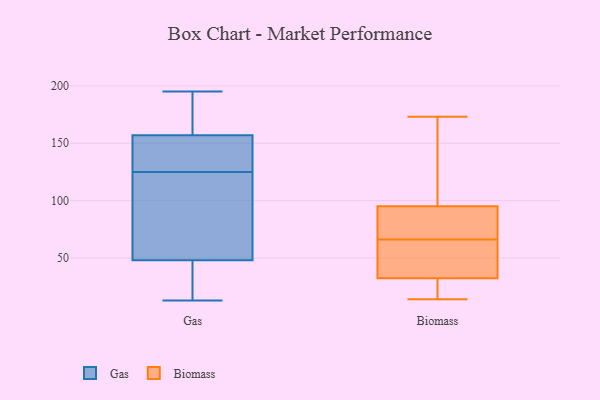
{"axis": {"x": "Market Share (%)", "y": "Value"}, "legend": ["Biomass", "Gas"], "data": [{"x": "", "y": 29, "type": "Gas"}, {"x": "", "y": 149, "type": "Gas"}, {"x": "", "y": 125, "type": "Gas"}, {"x": "", "y": 13, "type": "Gas"}, {"x": "", "y": 182, "type": "Gas"}, {"x": "", "y": 52, "type": "Gas"}, {"x": "", "y": 188, "type": "Gas"}, {"x": "", "y": 81, "type": "Gas"}, {"x": "", "y": 175, "type": "Gas"}, {"x": "", "y": 92, "type": "Gas"}, {"x": "", "y": 36, "type": "Gas"}, {"x": "", "y": 135, "type": "Gas"}, {"x": "", "y": 151, "type": "Gas"}, {"x": "", "y": 195, "type": "Gas"}, {"x": "", "y": 138, "type": "Gas"}, {"x": "", "y": 75, "type": "Gas"}, {"x": "", "y": 24, "type": "Gas"}, {"x": "", "y": 110, "type": "Biomass"}, {"x": "", "y": 71, "type": "Biomass"}, {"x": "", "y": 141, "type": "Biomass"}, {"x": "", "y": 16, "type": "Biomass"}, {"x": "", "y": 71, "type": "Biomass"}, {"x": "", "y": 79, "type": "Biomass"}, {"x": "", "y": 66, "type": "Biomass"}, {"x": "", "y": 26, "type": "Biomass"}, {"x": "", "y": 173, "type": "Biomass"}, {"x": "", "y": 49, "type": "Biomass"}, {"x": "", "y": 33, "type": "Biomass"}, {"x": "", "y": 54, "type": "Biomass"}, {"x": "", "y": 30, "type": "Biomass"}, {"x": "", "y": 122, "type": "Biomass"}, {"x": "", "y": 39, "type": "Biomass"}, {"x": "", "y": 14, "type": "Biomass"}, {"x": "", "y": 90, "type": "Biomass"}]}